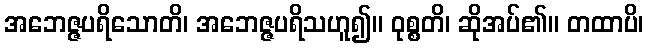
အဘေဇ္ဇပရိသောတိ၊ အဘေဇ္ဇပရိသဟူ၍။ ဝုစ္စတိ၊ ဆိုအပ်၏။ တထာပိ၊